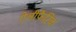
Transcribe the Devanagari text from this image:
ऐलीफैटिक